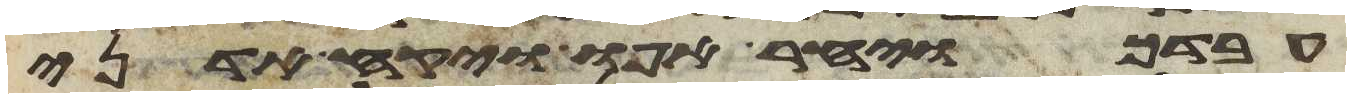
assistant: עבדך ויחר אפו ויקח אדני